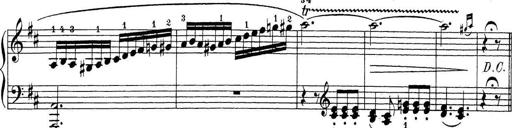
Title: Sonatina Album
Composer: Louis KÃ¶hler